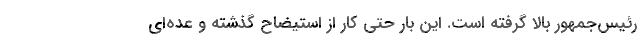
رئیس‌جمهور بالا گرفته است. این بار حتی کار از استیضاح گذشته و عده‌ای